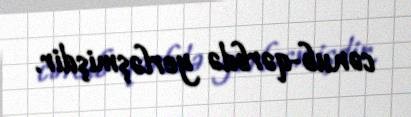
cənub-qərbdə yerləşmişdir.